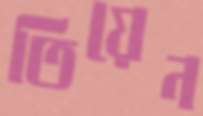
তিয়েন